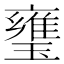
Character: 㻾